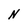
Character: N